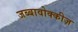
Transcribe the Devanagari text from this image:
जब्बावोक्कीज़